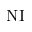
\mathrm { N I }